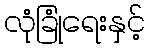
လုံခြုံရေးနှင့်